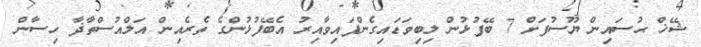
ޝޭޚް ޙުސައިން ޔޫސުފަށް 7 ބޭފުޅުން ލިބިވަޑައިގެންފައިވާއިރު އެބޭފުޅުންގެ ތެރެއިން އަލްއުސްތާޛާ ހިސާން